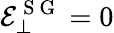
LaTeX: \mathcal{E}_{\bot}^{\mathrm{~S~G~}}=0